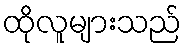
ထိုလူများသည်